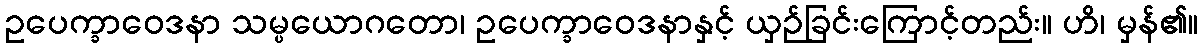
ဥပေက္ခာဝေဒနာ သမ္ပယောဂတော၊ ဥပေက္ခာဝေဒနာနှင့် ယှဉ်ခြင်းကြောင့်တည်း။ ဟိ၊ မှန်၏။